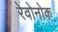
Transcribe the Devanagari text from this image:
रेवोनोक